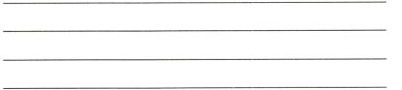
__________